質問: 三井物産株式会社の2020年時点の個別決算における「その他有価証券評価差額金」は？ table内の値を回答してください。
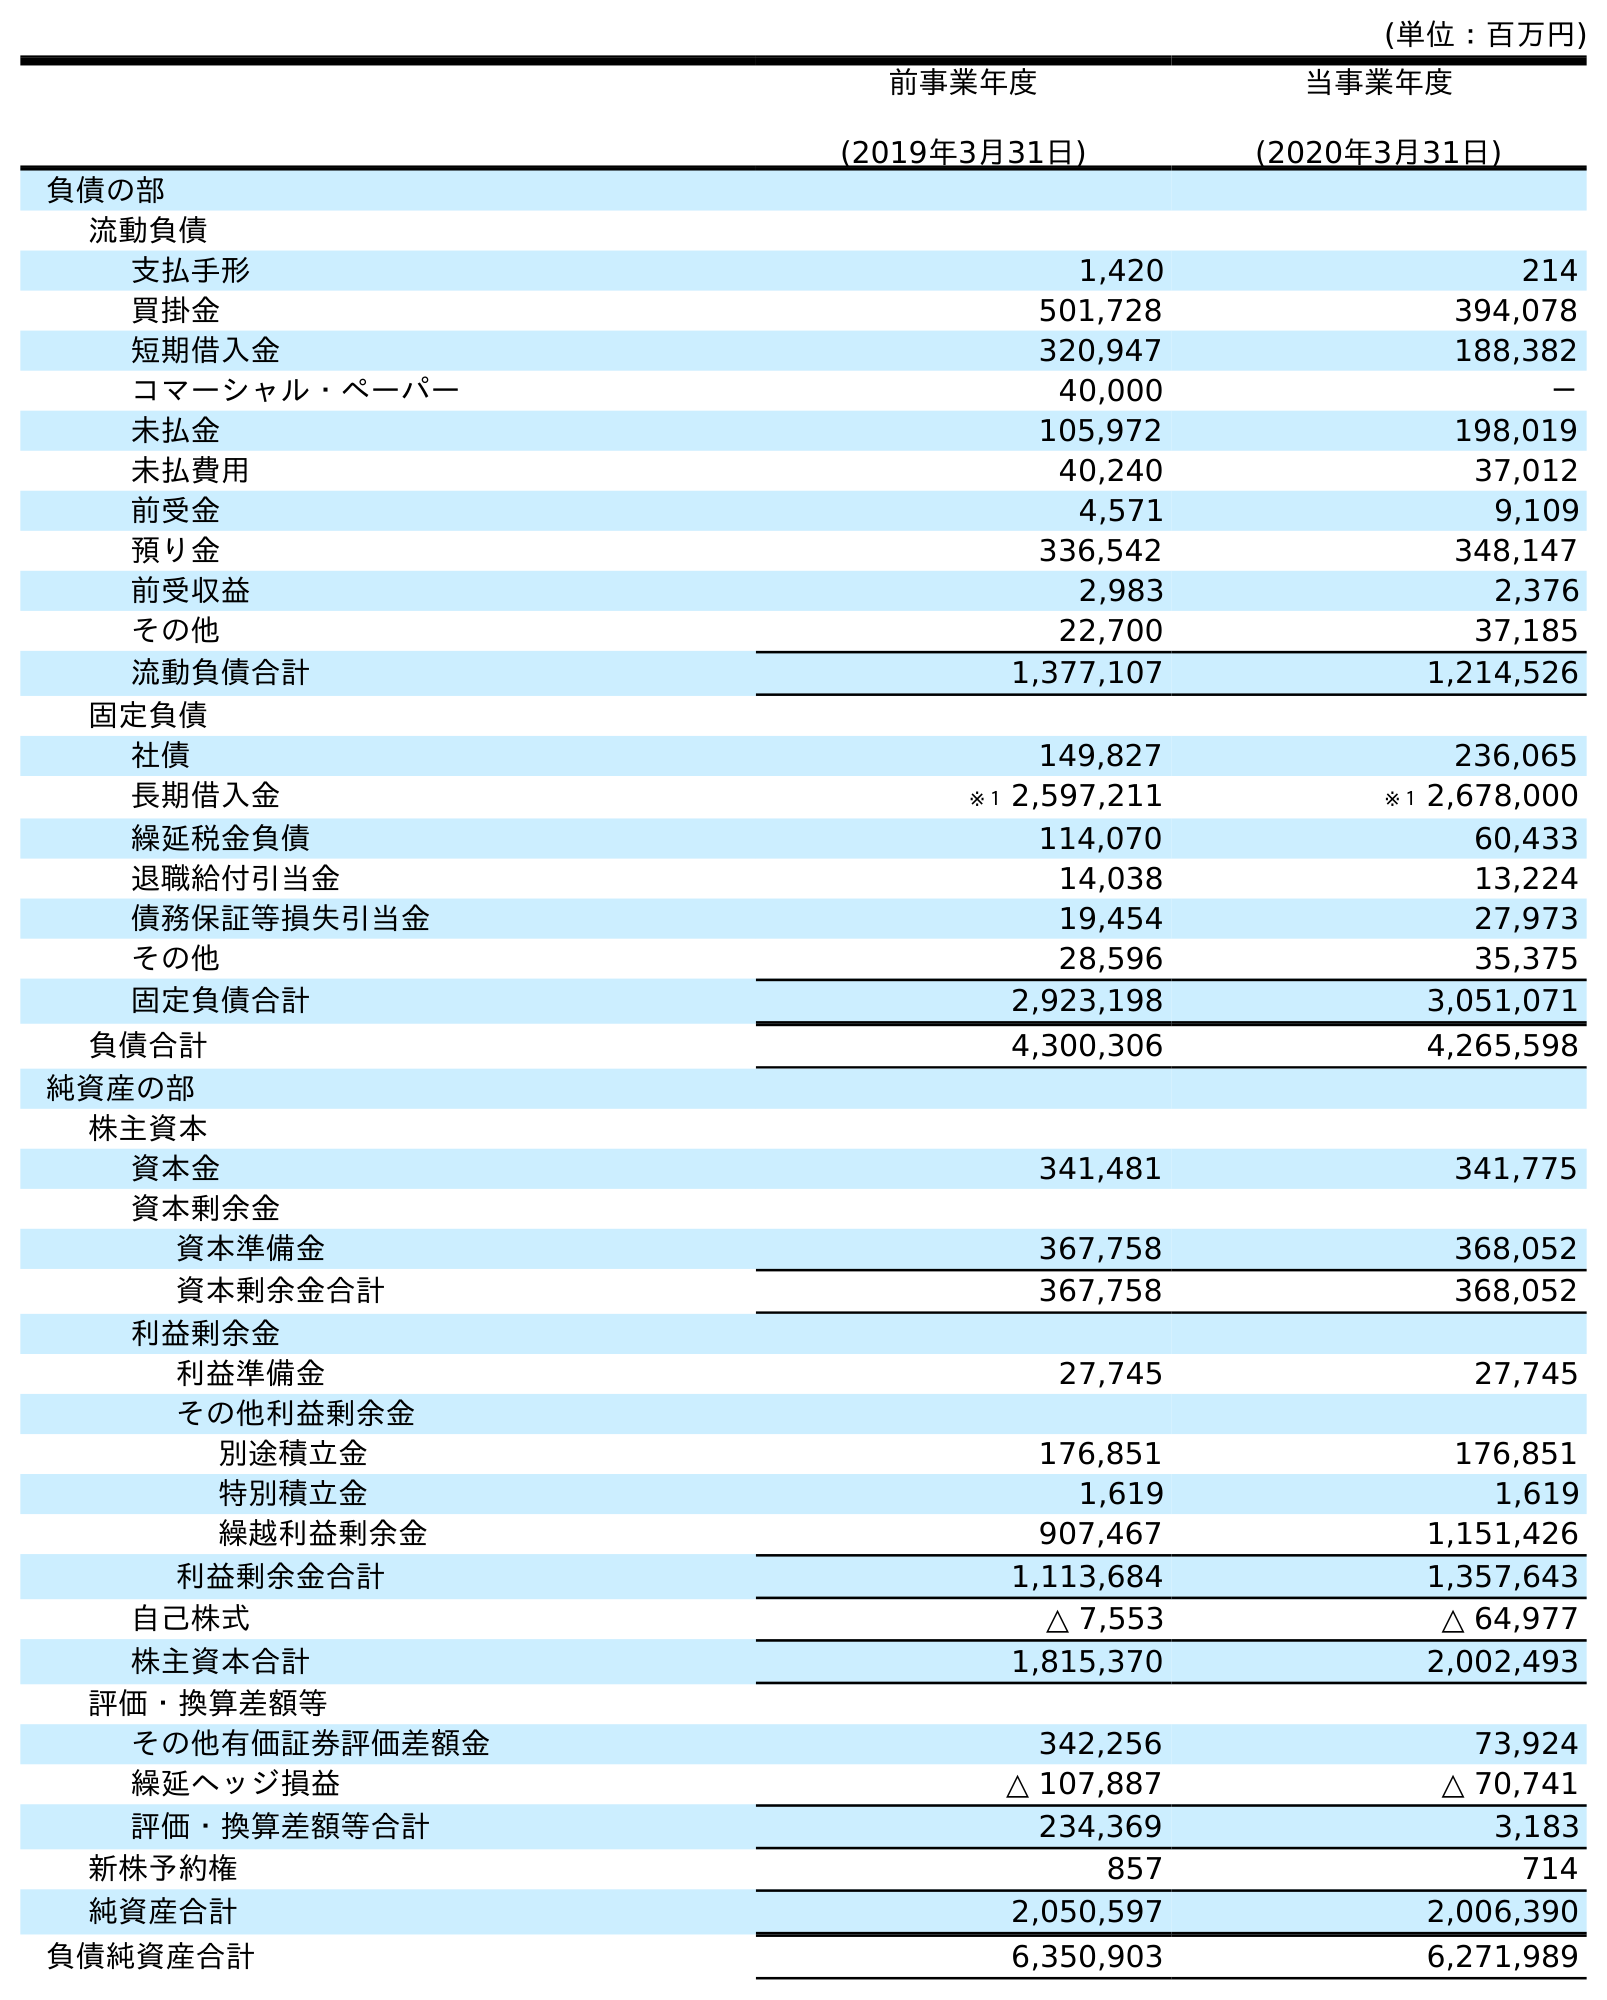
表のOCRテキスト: (単位：百万円) 前事業年度 (2019年3月31日) 当事業年度 (2020年3月31日) 負債の部 流動負債 支払手形 1,420 214 買掛金 501,728 394,078 短期借入金 320,947 188,382 コマーシャル・ペーパー 40,000 － 未払金 105,972 198,019 未払費用 40,240 37,012 前受金 4,571 9,109 預り金 336,542 348,147 前受収益 2,983 2,376 その他 22,700 37,185 流動負債合計 1,377,107 1,214,526 固定負債 社債 149,827 236,065 長期借入金 ※１ 2,597,211 ※１ 2,678,000 繰延税金負債 114,070 60,433 退職給付引当金 14,038 13,224 債務保証等損失引当金 19,454 27,973 その他 28,596 35,375 固定負債合計 2,923,198 3,051,071 負債合計 4,300,306 4,265,598 純資産の部 株主資本 資本金 341,481 341,775 資本剰余金 資本準備金 367,758 368,052 資本剰余金合計 367,758 368,052 利益剰余金 利益準備金 27,745 27,745 その他利益剰余金 別途積立金 176,851 176,851 特別積立金 1,619 1,619 繰越利益剰余金 907,467 1,151,426 利益剰余金合計 1,113,684 1,357,643 自己株式 △ 7,553 △ 64,977 株主資本合計 1,815,370 2,002,493 評価・換算差額等 その他有価証券評価差額金 342,256 73,924 繰延ヘッジ損益 △ 107,887 △ 70,741 評価・換算差額等合計 234,369 3,183 新株予約権 857 714 純資産合計 2,050,597 2,006,390 負債純資産合計 6,350,903 6,271,989
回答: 73,924